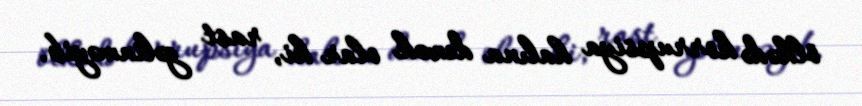
ölkədə korrupsiya halına demək olar ki, rast gəlinməyib.